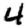
Digit: 4